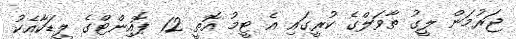
ޖަރުމަން ލީގު ތާވަލްގެ ކުރީގައި އެ ޓީމު އޮތީ 12 ޕޮއިންޓްގެ ލީޑަކާއެކު